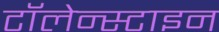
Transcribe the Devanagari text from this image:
टॉलेन्स्टाइन